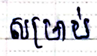
សម្រាប់